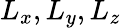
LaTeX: L_{x},L_{y},L_{z}